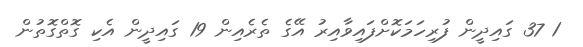
1 37 ގައިދީން ފުރިހަމަކޮށްފައިވާއިރު އޭގެ ތެރެއިން 19 ގައިދީން އެކި ގޮތްގޮތުން